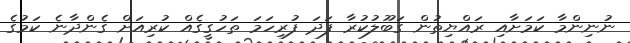
ނުނިންމާ ކަމަށާއި ރައްޔިތުން ގަބޫލުކުރާ ފަދަ ފުރިހަމަ ތަހުގީގެއް ކުރިއަށް ގެންދާނެ ކަމުގެ